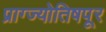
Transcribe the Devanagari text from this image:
प्राग्ज्योतिषपूर